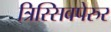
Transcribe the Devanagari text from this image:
त्रिस्सिवपेरुर